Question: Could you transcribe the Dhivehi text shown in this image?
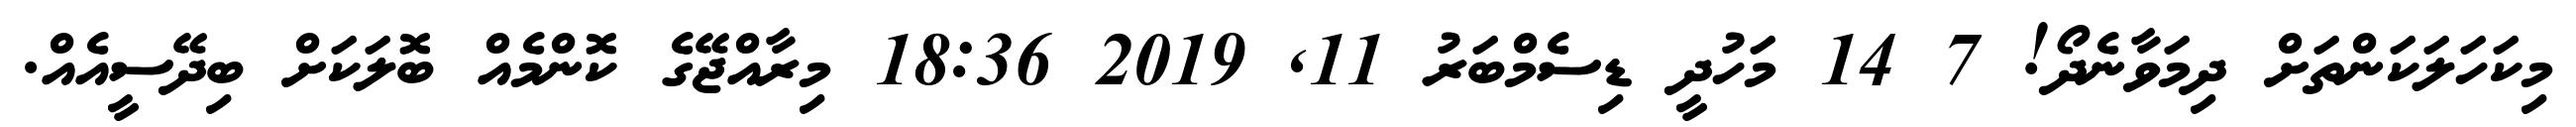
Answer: މިކަހަލަކަންތަށް ދިމަވާނެދޯ! 7 14 މަހުދީ ޑިސެމްބަރު 11, 2019 18:36 މިރާއްޖޭގެ ކޮންމެއް ބޮލަކަށް ބިދޭސީއެއް.